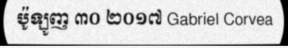
ប៉ូឡូញ ៣០ ២០១៧ Gabriel Corvea